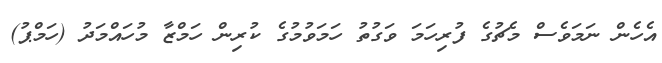
އެހެން ނަމަވެސް މެޗުގެ ފުރިހަމަ ވަގުތު ހަމަވުމުގެ ކުރިން ހަމްޒާ މުހައްމަދު (ހަމްޕު)